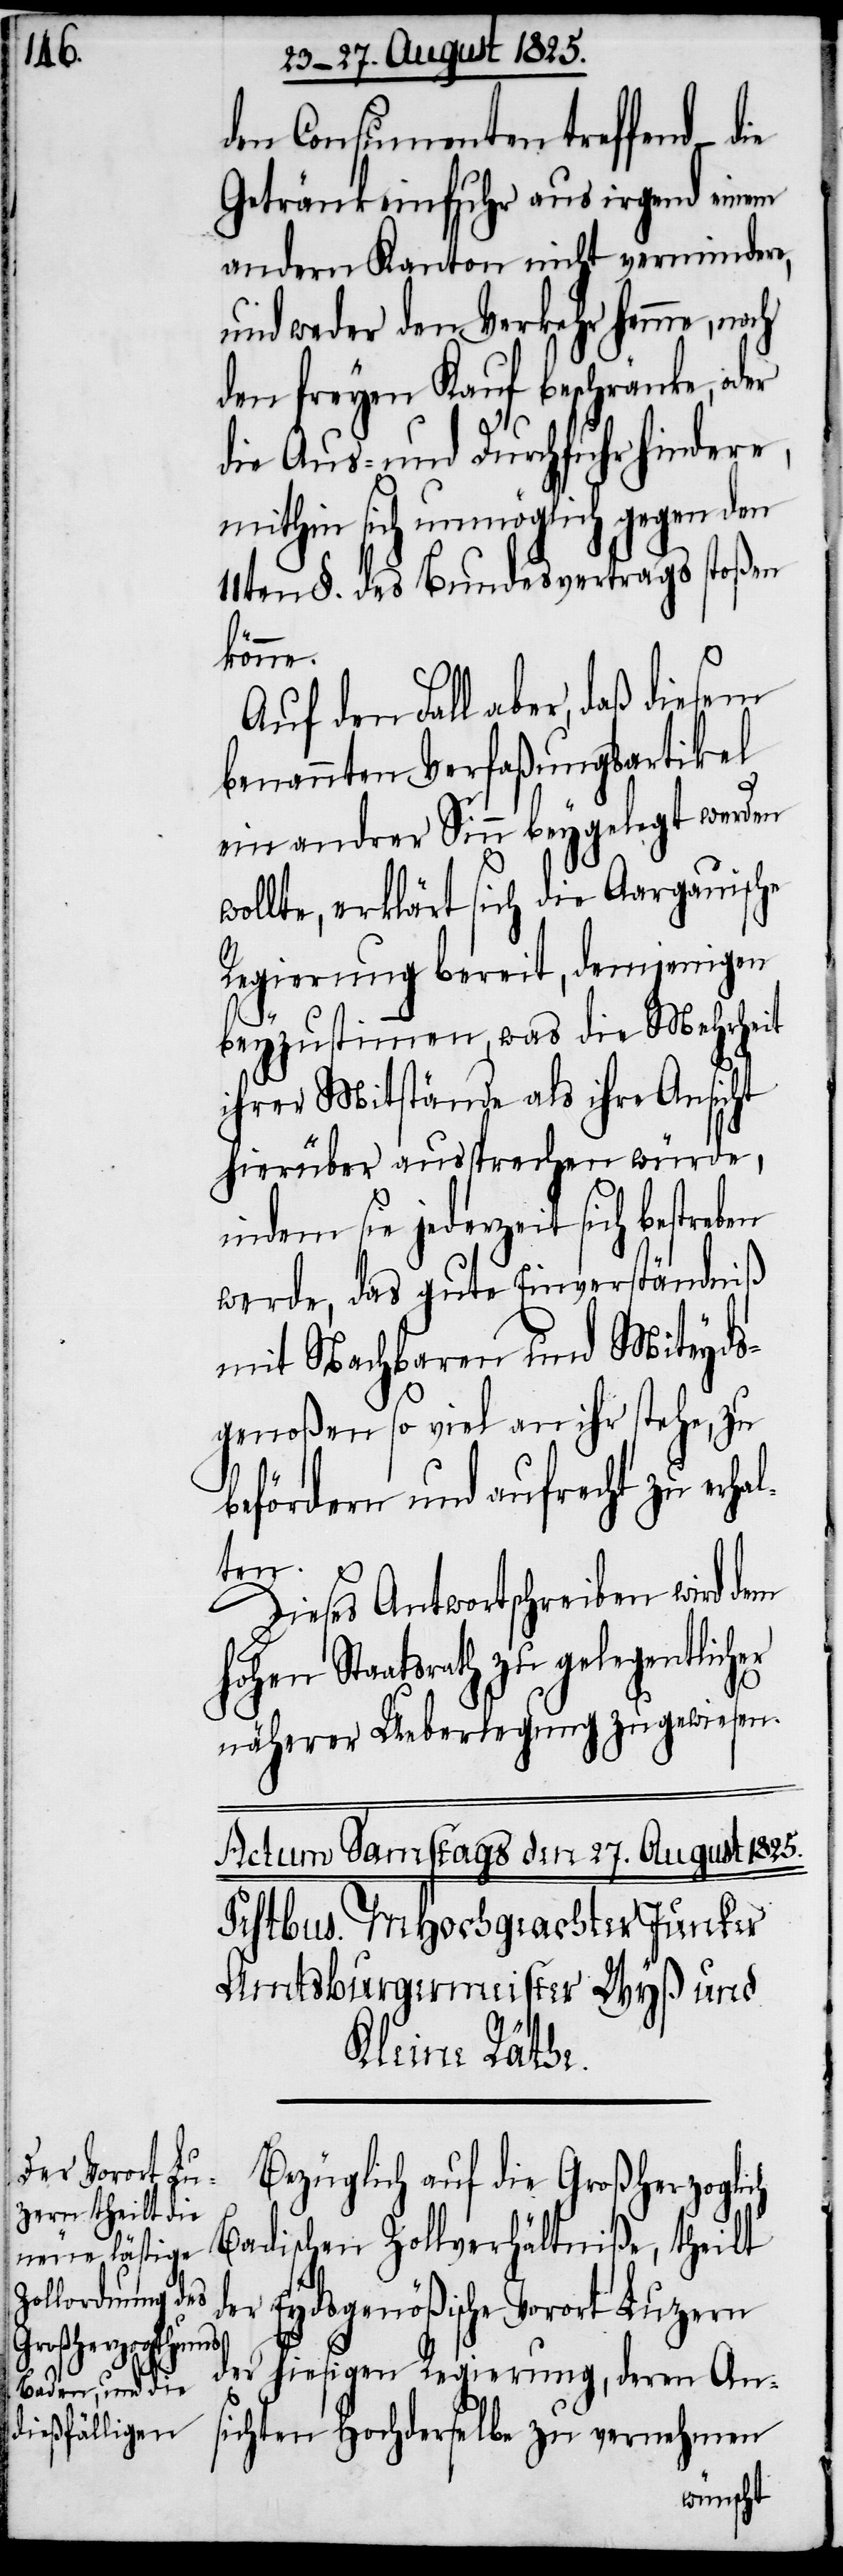
den Consumanten treffend –
Getränkeinfuhr aus irgend einem
andern Kanton nicht vermindere,
und weder den Verkehr hemme, noch
den freyen Kauf beschränke, oder
die Aus- und Durchfuhr hindere,
mithin sich unmöglich gegen den
11ten §. des Bundesvertrags stoßen
könne.
Auf den Fall aber, daß diesem
benannten Verfaßungsartikel
ein andrer Sinn beygelegt werden
wollte, erklärt sich die Aargauische
Regierung bereit, denjenigen
beyzustimmen, was die Mehrheit
ihrer Mitstände als ihre Ansicht
hierüber aussprechen würde,
indem sie jederzeit sich bestre¬
werde, das gute Einverständniß
mit Nachbaren und Miteyds¬
genoßen so viel an ihr stehe, zu
befördern und aufrecht zu erha¬
lten.
Dieses Antwortschreiben wird dem
hohen Staatsrath zu gelegentlicher
ben
näherer Ueberlegung zu gewiesen.
Bezüglich auf die Großherzog¬
lich Badischen Zollverhältniße, theilt
der Eydsgenößische Vorort Luzern
vernehmen
der hiesigen Regierung, deren An¬